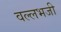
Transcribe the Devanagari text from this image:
वल्लभजी